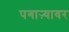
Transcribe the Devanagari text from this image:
पगाऱ्यावर